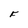
Character: F